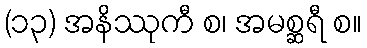
(၁၃) အနိဿုကီ စ၊ အမစ္ဆရီ စ။